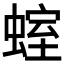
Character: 𧍱